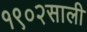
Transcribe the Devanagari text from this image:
१९०२साली